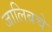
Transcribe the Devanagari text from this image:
जालिबचे